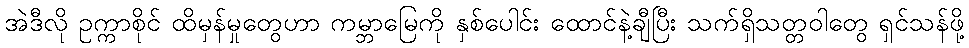
အဲဒီလို ဥက္ကာစိုင် ထိမှန်မှုတွေဟာ ကမ္ဘာမြေကို နှစ်ပေါင်း ထောင်နဲ့ချီပြီး သက်ရှိသတ္တဝါတွေ ရှင်သန်ဖို့